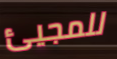
للمجيئ